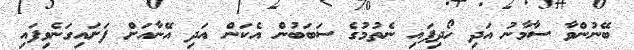
ބޭނުންވާ ސާމާނު އަދި ހޯދިފައި ނެތުމުގެ ސަބަބުން އެކަން އަދި އޭނާއަށް ފަށައިގަނެވިފައި